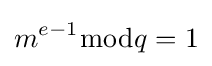
m^{e-1}{\bmod {q}}=1